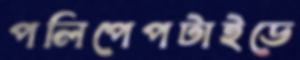
পলিপেপটাইডে